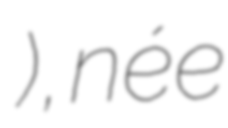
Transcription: Анастасия Александровна Кодирова), née